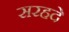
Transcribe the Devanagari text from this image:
सरहदे